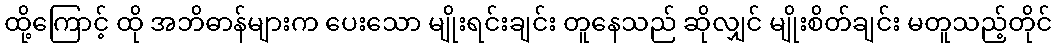
ထို့ကြောင့် ထို အဘိဓာန်များက ပေးသော မျိုးရင်းချင်း တူနေသည် ဆိုလျှင် မျိုးစိတ်ချင်း မတူသည့်တိုင်